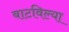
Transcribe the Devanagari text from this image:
बाटविल्या